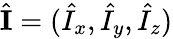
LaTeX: \hat{\mathbf{I}}=(\hat{I}_{x},\hat{I}_{y},\hat{I}_{z})